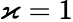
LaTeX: \varkappa=1